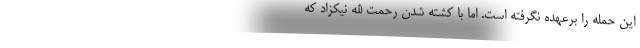
این حمله را برعهده نگرفته است. اما با کشته شدن رحمت الله نیکزاد که